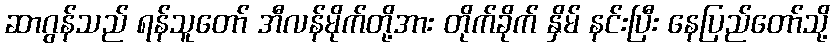
ဆာဂွန်သည် ရန်သူတော် အီလန်မိုက်တို့အား တိုက်ခိုက် နှိမ် နင်းပြီး နေပြည်တော်သို့